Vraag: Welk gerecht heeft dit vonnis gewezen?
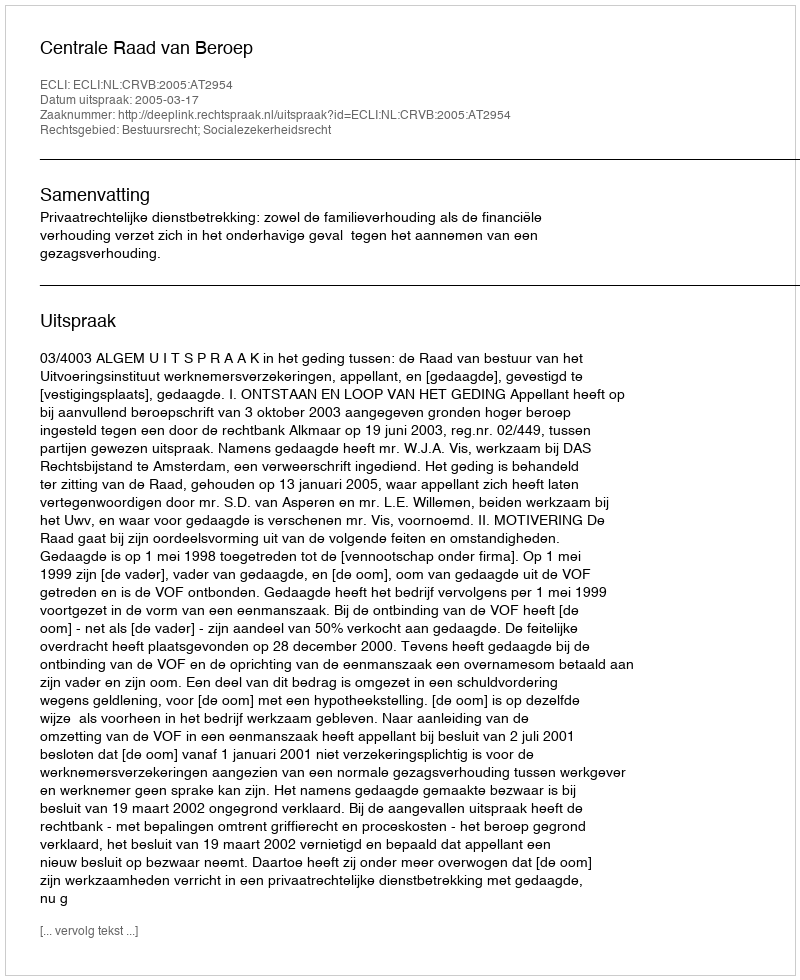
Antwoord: Centrale Raad van Beroep